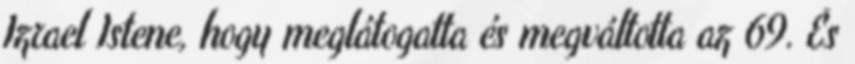
Izrael Istene, hogy meglátogatta és megváltotta az 69. És